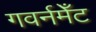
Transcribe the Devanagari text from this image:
गवर्नमेँट